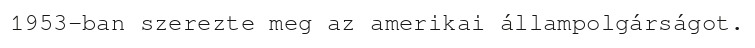
1953-ban szerezte meg az amerikai állampolgárságot.